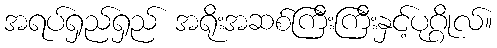
အရပ်ရှည်ရှည် အရိုးအဆစ်ကြီးကြီးနှင့်ပုဂ္ဂိုလ်။